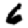
Digit: 6